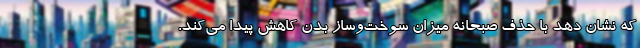
که نشان دهد با حذف صبحانه میزانِ سوخت‌وساز بدن کاهش پیدا می‌کند.